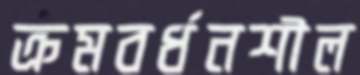
ক্রমবর্ধনশীল